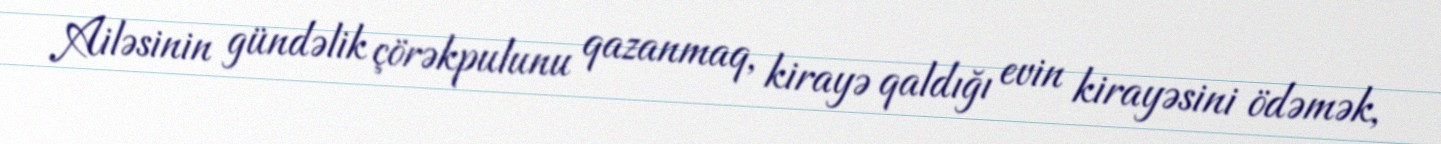
Ailəsinin gündəlik çörəkpulunu qazanmaq, kirayə qaldığı evin kirayəsini ödəmək,